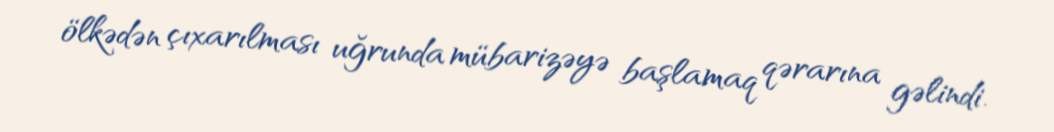
ölkədən çıxarılması uğrunda mübarizəyə başlamaq qərarına gəlindi.